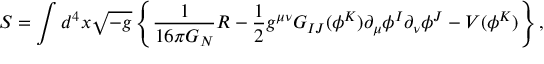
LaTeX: S = \int d ^ { 4 } x \sqrt { - g } \left\{ { \frac { 1 } { 1 6 \pi G _ { N } } } { \cal R } - \frac { 1 } { 2 } g ^ { \mu \nu } G _ { I J } ( \phi ^ { K } ) \partial _ { \mu } \phi ^ { I } \partial _ { \nu } \phi ^ { J } - V ( \phi ^ { K } ) \right\} ,